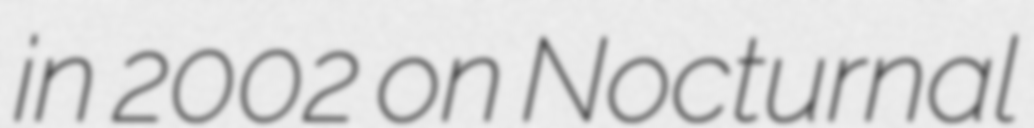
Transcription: in 2002 on Nocturnal